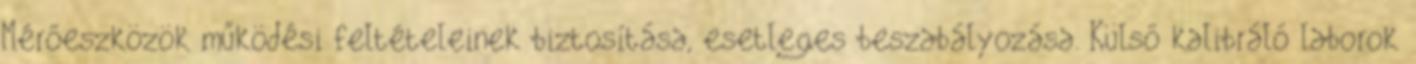
Mérőeszközök működési feltételeinek biztosítása, esetleges beszabályozása. Külső kalibráló laborok